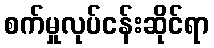
စက်မှုလုပ်ငန်းဆိုင်ရာ